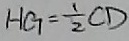
H G = \frac { 1 } { 2 } C D